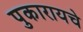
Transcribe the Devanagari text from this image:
पुकारायचे